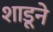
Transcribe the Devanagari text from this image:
शाडूने